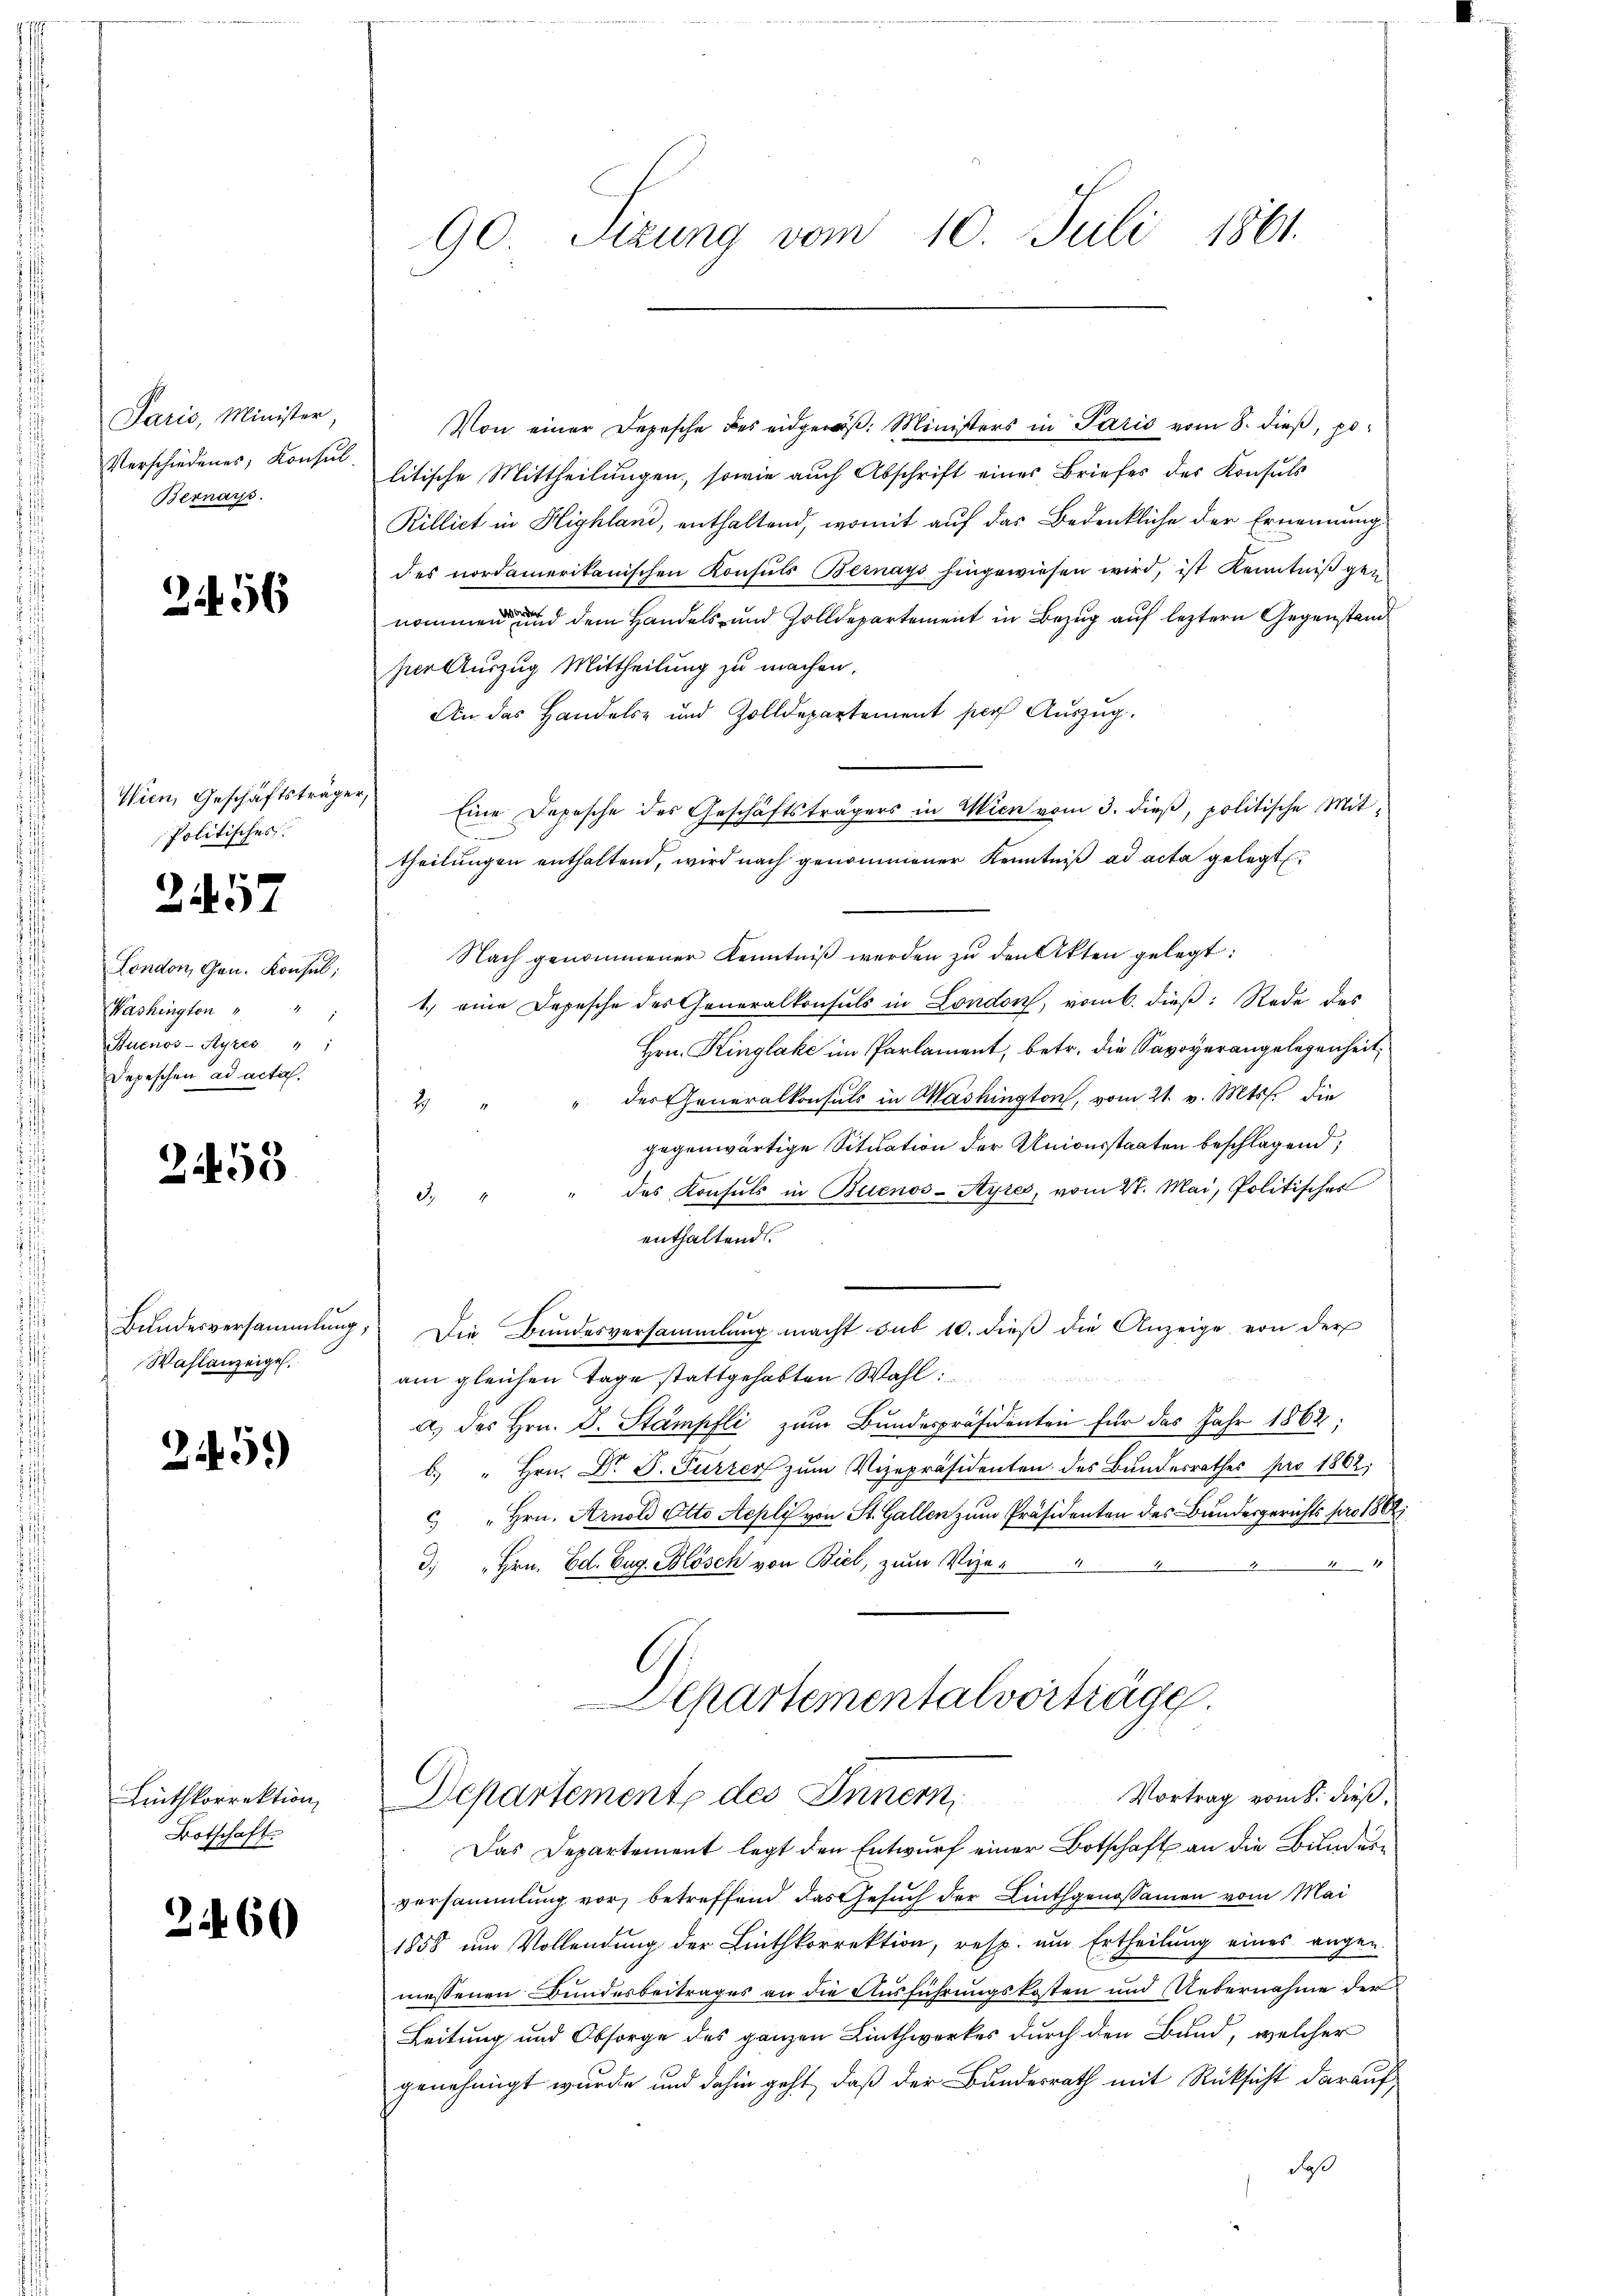
Paris, Minister
Verschiedenes, Konsul
Bernars.

256

Wien, Geschäftsträger
Politisches.
London, Gen. Konsul,
Washington

Buenos-Ayres " "
Depeschen ad acta.

2457

2455

Bundesversammlung
Wahlanzeigel.

3459)

Linthkorrektion
Botschaft.

2460

90 Sizung vom 10. Juli 1861.

Von einer Depesche des eidgen. Ministers in Paris vom 8. dieß, po
litische Mittheilungen, sowie auch Abschrift eines Briefes des Konsuls
Rillict in Highland, enthaltend, womit auf das Bedenkliche der Ernennung
des nordamerikanischen Konsuls Bernays hingewiesen wird, ist Kenntniß gen
nommen und dem Handels- und Zolldepartement in Bezug auf leztern Gegenstand
ser Auszug Mittheilung zu machen.
An das Handels- und Zolldepartement per Auszug.
Eine Depesche des Geschäftsträgers in Wien vom 3. dieß, politische Mittheilŭngen enthaltend, wird nach genommener Kenntniβ ad acta gelegt
Nach genommener Kenntniß werden zŭ den Akten gelegt:
1.) eine Depesche des Generalkonsuls in London, vom 6. dieß: Rede des
Hrn. Kinglake im Parlament, betr. die Savoyerangelegenheit,
der Generalkonsuls in Washington, vom 21. v. Mts. die
2
gegenwärtige Situation der Unionsstaaten beschlagend,
des Konsuls in Buenos-Ayres, vom 21. Mai, Politisches
2
enthaltend.
Die Bundesversammlung macht sub 10. dieß die Anzeige von der
am gleichen Tage stattgehabten Wahl
a. des Hrn. D. Stampfli zum Bundespräsidenten für das Jahr 1862;
.) " Hrn. Dr. J. Furrer zum Vizepräsidenten des Bundesrathes pro 1862;
 " Hrn. Arnold Otto Aepli von St. Gallen zum Präsidenten des Bundesgerichts pro 1862
88
3. Hrn. Ed. Eug. Blösch von Biel, zum Vize-
.
Departementalvorträge
Vortrag vom 8. dieß,
Departemente des Innern,
Das Departement legt den Entwurf einer Botschaft an die Bunderversammlung vor, betreffend das Gesuch der Linthgenossamen vom Mai
1858 ŭm Vollendŭng der Linthkorrektion, resp. am Ertheilŭng eines augen-
messenen Bundesbeitrages an die Ausführungskosten und Uebernahme der
Leitung und Obsorge des ganzen Linthwerkes durch den Bund, welcher
genehmigt wurde und dahin geht, daß der Bundesrath mit Rücksicht darauf,
daß